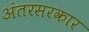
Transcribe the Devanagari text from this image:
अंतरसरकार